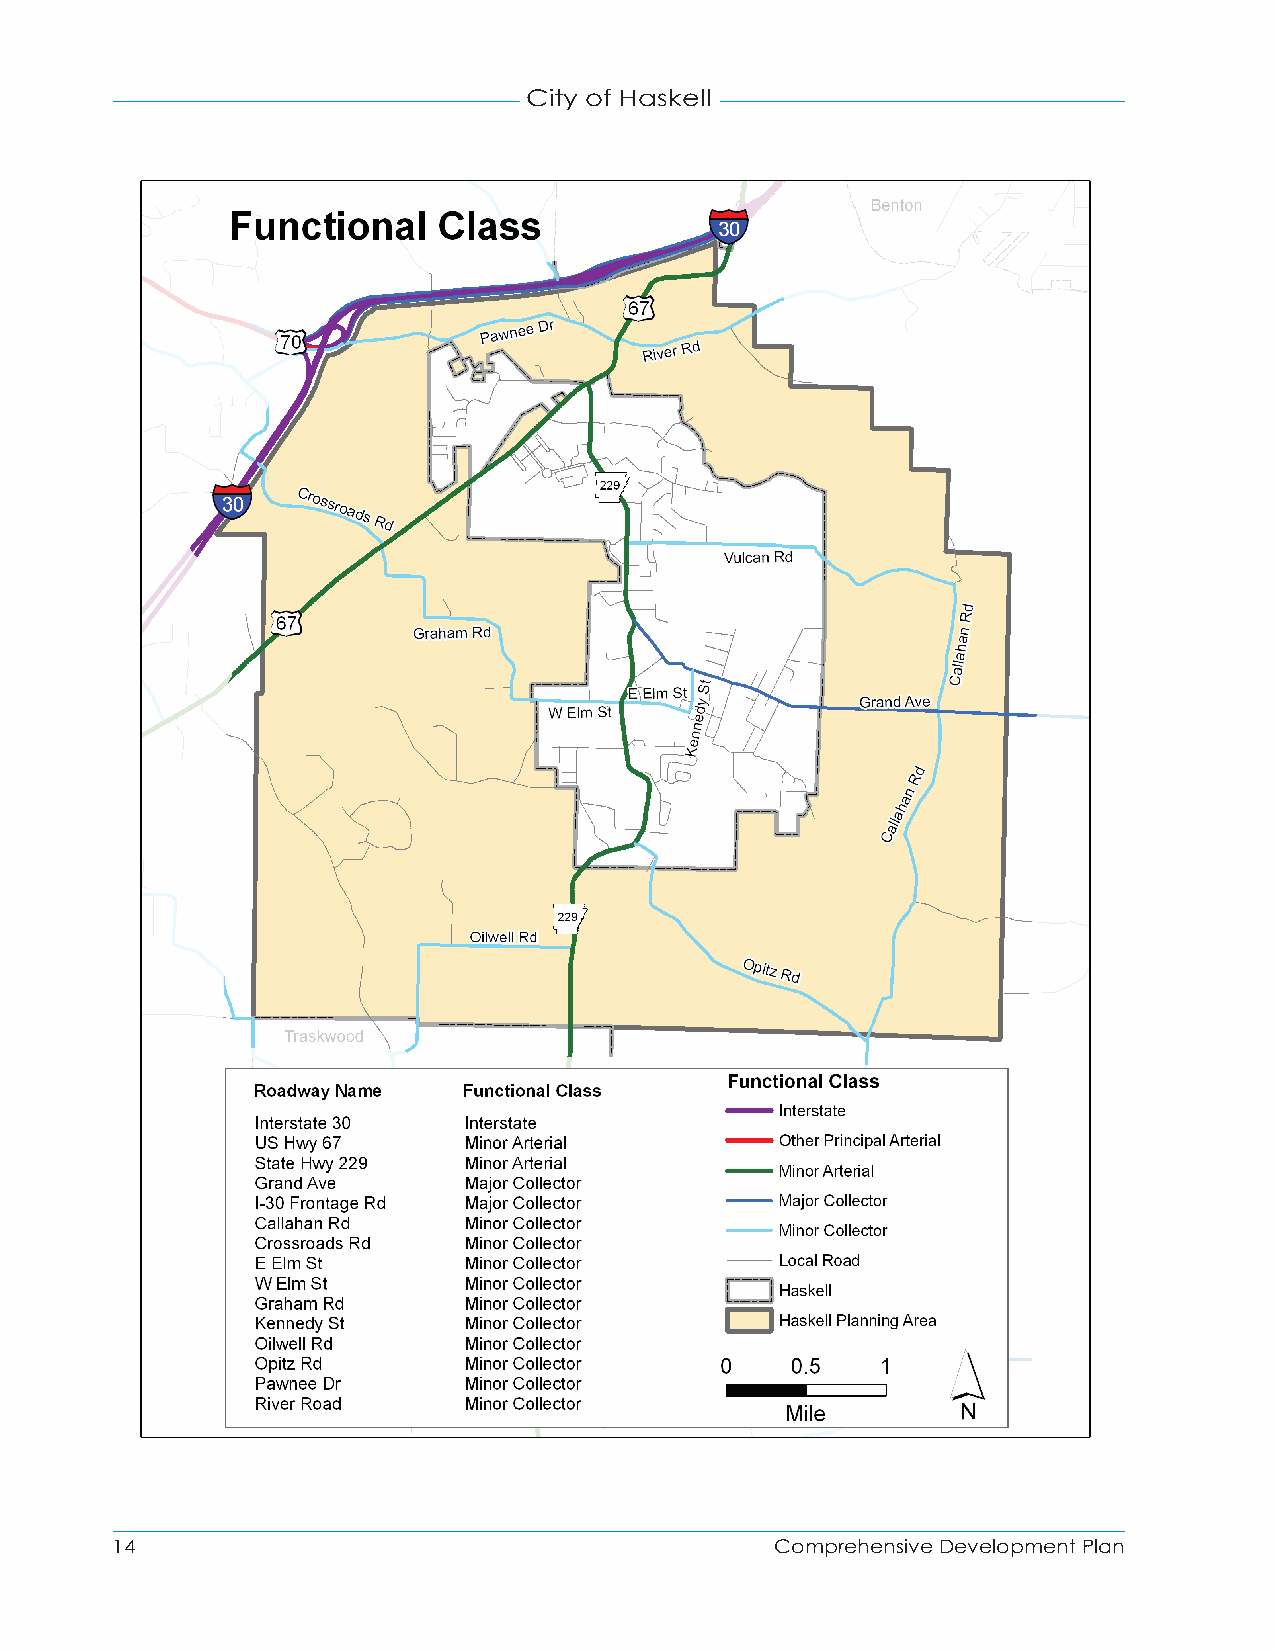
City of Haskell
 14                                          Comprehensive Development Plan